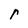
Character: r